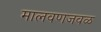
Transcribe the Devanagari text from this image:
मालवणजवळ